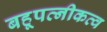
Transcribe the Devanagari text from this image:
बहूपत्नीकत्व